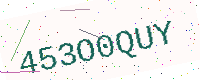
Text: 453O0QUY